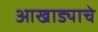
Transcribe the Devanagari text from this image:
आखाड्याचे